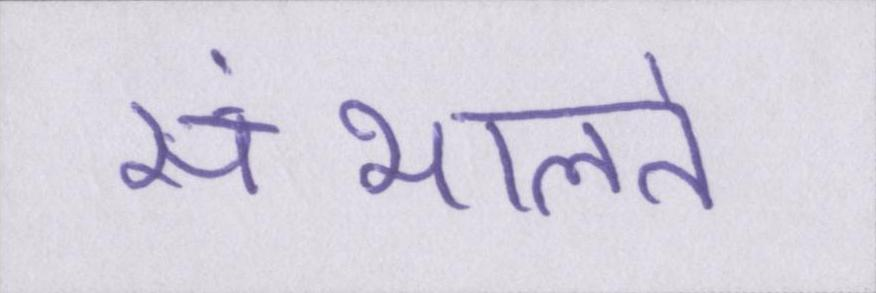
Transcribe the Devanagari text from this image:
संभालते